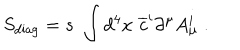
S _ { \mathrm { d i a g } } = s \, \, \int d ^ { 4 } x \, \, \overline { { { c } } } ^ { i } \partial ^ { \mu } A _ { \mu } ^ { i } \; .